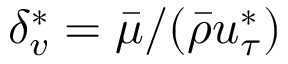
\delta _ { v } ^ { * } = \bar { \mu } / ( \bar { \rho } u _ { \tau } ^ { * } )